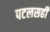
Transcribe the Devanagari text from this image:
पटलसही